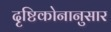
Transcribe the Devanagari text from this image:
दृष्टिकोनानुसार